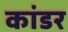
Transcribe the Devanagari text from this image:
कांडर